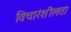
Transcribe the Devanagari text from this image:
विचारंशीलता